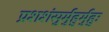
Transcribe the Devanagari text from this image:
प्रशशंसुर्मुहुर्मुहुः